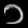
Digit: ၁